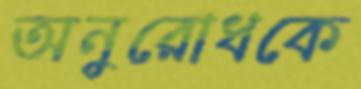
অনুরোধকে